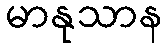
မာနုသာန